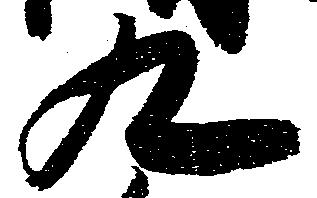
九